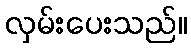
လှမ်းပေးသည်။